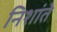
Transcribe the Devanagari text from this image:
निशांते